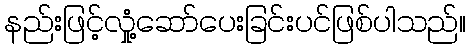
နည်းဖြင့်လှုံ့ဆော်ပေးခြင်းပင်ဖြစ်ပါသည်။